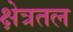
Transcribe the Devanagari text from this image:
क्षेत्रतल